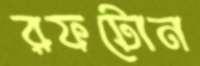
রফটোন